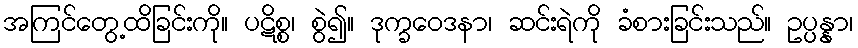
အကြင်တွေ့ထိခြင်းကို။ ပဋိစ္စ၊ စွဲ၍။ ဒုက္ခဝေဒနာ၊ ဆင်းရဲကို ခံစားခြင်းသည်။ ဥပ္ပန္နာ၊